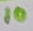
Text: 10